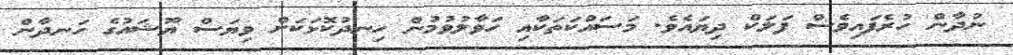
ނުދާން ހުރެފައިވެސް ފަލަކް ދިޔައެވެ. މަސައްކަތަކާއި ހަވާލުވުމުން ހިނދުކޮޅަކަށް ވިޔަސް ޔޫޝައުގެ ހަނދާން